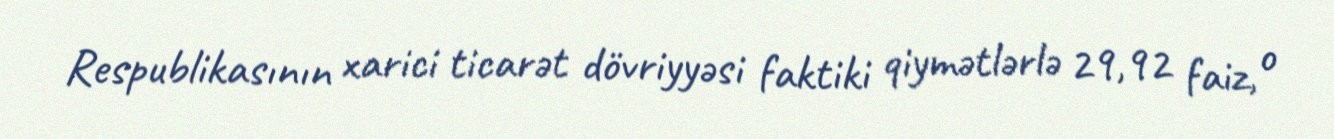
Respublikasının xarici ticarət dövriyyəsi faktiki qiymətlərlə 29,92 faiz, o